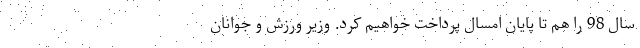
سال 98 را هم تا پایان امسال پرداخت خواهیم کرد. وزیر ورزش و جوانان